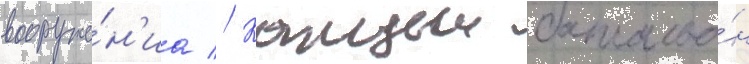
вооруже́н'иа // Каждыи батальо́н